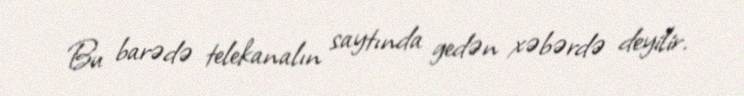
Bu barədə telekanalın saytında gedən xəbərdə deyilir.